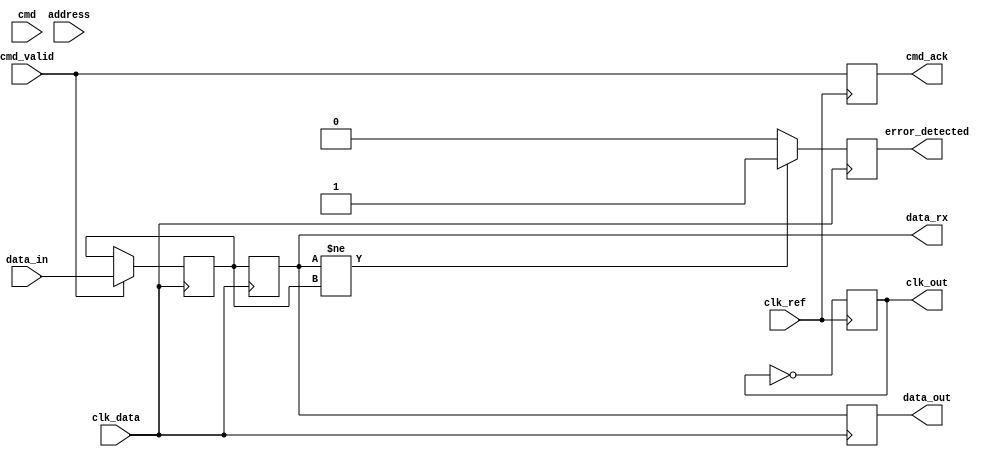
module gddr5_io_block #(
    parameter DATA_WIDTH = 64
)(
    input wire clk_ref,               // Reference clock
    input wire clk_data,              // Data clock
    input wire [DATA_WIDTH-1:0] data_in, // Data input from internal bus
    input wire cmd_valid,             // Command valid signal
    input wire [3:0] cmd,             // Command (READ, WRITE, etc.)
    input wire [31:0] address,        // Address for read/write
    output wire [DATA_WIDTH-1:0] data_out, // Data output to internal bus
    output wire cmd_ack,              // Command acknowledgment
    output wire [DATA_WIDTH-1:0] data_rx, // Received data from GDDR5 memory
    output wire error_detected,        // Error detection signal
    output wire clk_out                // Generated clock output
);

// Internal signals
reg [DATA_WIDTH-1:0] tx_buffer;
reg [DATA_WIDTH-1:0] rx_buffer;
reg cmd_ack_reg;
reg error_detected_reg;

// Clock generation (PLL simulation)
always @(posedge clk_ref) begin
    // Simulated clock output logic
    clk_out <= ~clk_out; // Simple toggle for demonstration
end

// Transmitter logic
always @(posedge clk_data) begin
    if (cmd_valid) begin
        // Simple example: just pass data through
        tx_buffer <= data_in; // Serialize data
        // Implement 8b/10b encoding here if needed
        // Drive the data lines (data_out)
    end
end

// Receiver logic
always @(posedge clk_data) begin
    // Simulated data reception logic
    rx_buffer <= tx_buffer; // De-serialize data for demonstration
    data_out <= rx_buffer;  // Output received data

    // Error detection logic (placeholder)
    if (rx_buffer != tx_buffer) begin
        error_detected_reg <= 1'b1; // Error detected
    end else begin
        error_detected_reg <= 1'b0; // No error
    end
end

// Command acknowledgment logic
always @(posedge clk_ref) begin
    cmd_ack_reg <= cmd_valid; // Acknowledge command when valid
end

assign cmd_ack = cmd_ack_reg;
assign data_rx = rx_buffer;
assign error_detected = error_detected_reg;

endmodule